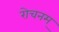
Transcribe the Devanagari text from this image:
रोचनम्